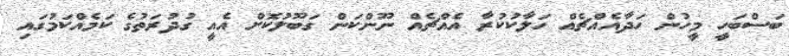
ބަސްބަހީ މީހުން ހަދާއެއްޗެއް ހަލާކުކުރާ އެއްޗެއް ނޫންކަން ގަބޫލުކޮށް އެއީ ގުދުރަތުގެ ކަމެއްކަމުގައި